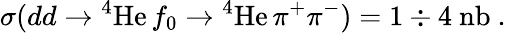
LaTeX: \sigma(dd\rightarrow\mathrm{^4He}\, f_{0}\rightarrow\mathrm{^4He}\, \pi^{+}\pi^{-})=1\div 4~\mathrm{nb}\ .